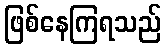
ဖြစ်နေကြရသည်